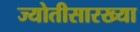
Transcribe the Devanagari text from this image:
ज्योतीसारख्या